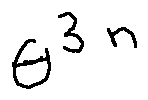
\theta ^ { 3 ^ { n } }